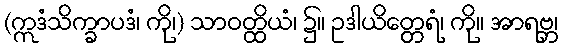
(ဣဒံသိက္ခာပဒံ၊ ကို၊) သာဝတ္ထိယံ၊ ၌။ ဥဒါယိတ္တေရံ၊ ကို။ အာရဗ္ဘ၊